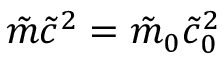
\tilde { m } \tilde { c } ^ { 2 } = \tilde { m } _ { 0 } \tilde { c } _ { 0 } ^ { 2 }